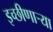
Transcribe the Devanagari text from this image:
इच्छीणाऱ्या